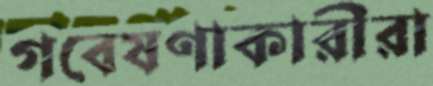
গবেষণাকারীরা